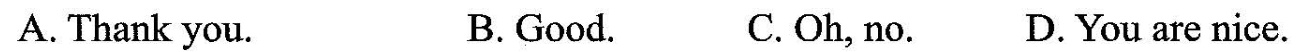
A. Thank you. B. Good. C. Oh, no. D. You are nice.